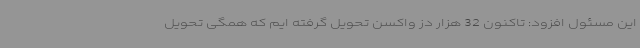
این مسئول افزود: تاکنون 32 هزار دز واکسن تحویل گرفته ایم که همگی تحویل